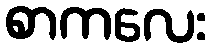
စာကလေး